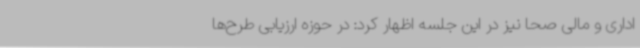
اداری و مالی صحا نیز در این جلسه اظهار کرد: در حوزه ارزیابی طرح‌ها